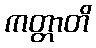
ကတ္တာတိ